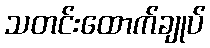
သတင်းထောက်ချုပ်